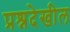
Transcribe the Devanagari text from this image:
प्रश्नदेखील